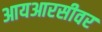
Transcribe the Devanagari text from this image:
आयआरसीवर